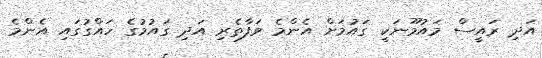
އަދި ރައީސް މައުމޫނަކީ ގައުމަށް އެންމެ ވަފާތެރި އަދި ގައުމުގެ ހައްގުގައި އެންމެ